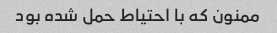
ممنون که با احتیاط حمل شده بود